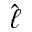
\hat { \ell }